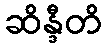
ဆိန္ဒီတိ